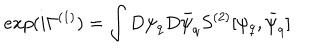
LaTeX: e x p ( i \Gamma ^ { ( 1 ) } ) = \int D \psi _ { q } D \bar { \psi } _ { q } S ^ { ( 2 ) } [ \psi _ { q } , \bar { \psi } _ { q } ]